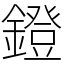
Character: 鐙